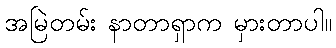
အမြဲတမ်း နာတာရှာက မှားတာပါ။